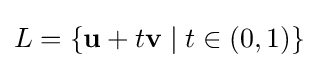
L=\{\mathbf {u} +t\mathbf {v} \mid t\in (0,1)\}